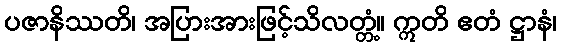
ပဇာနိဿတိ၊ အပြားအားဖြင့်သိလတ္တံ့။ ဣတိ ဧတံ ဋ္ဌာနံ၊